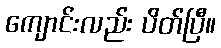
ကျောင်းလည်း ပိတ်ပြီ။